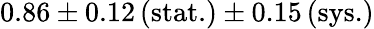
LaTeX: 0.86\pm 0.12\, (\mathrm{stat.})\pm 0.15\, (\mathrm{sys.})